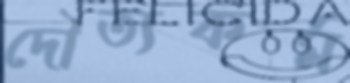
দৌত্যকর্ম